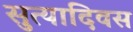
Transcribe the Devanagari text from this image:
सुत्यादिवस